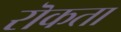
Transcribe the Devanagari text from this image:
रॊकता